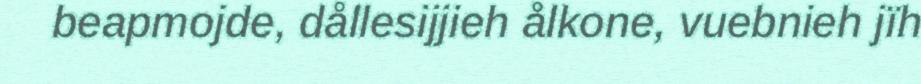
beapmojde, dållesijjieh ålkone, vuebnieh jïh